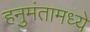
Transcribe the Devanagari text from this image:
हनुमंतामध्ये